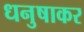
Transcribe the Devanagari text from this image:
धनुषाकर